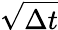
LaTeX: \sqrt{\Delta t}